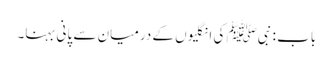
باب : نبیﷺ کی انگلیوں کے درمیان سے پانی بہنا۔